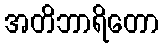
အတိဘာရိတော